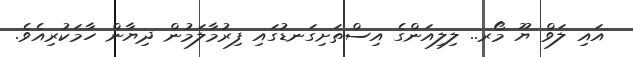
އައި ލަވް ޔޫ މޯރ.. ލިލިއަންގެ އިސްތަށިގަނޑުގައި ފިރުމާލަމުން ދިޔާން ހާމަކުރިއެވެ.